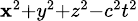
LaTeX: \scriptstyle{\mathbf{x}^{2}+y^{2}+z^{2}-c^{2}t^{2}}